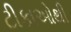
ટીકાઓથી